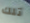
تلك